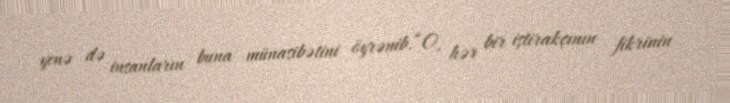
yenə də insanların buna münasibətini öyrənib.“O, hər bir iştirakçının fikrinin